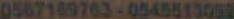
0567169763-0545513093